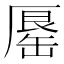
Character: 𠪟